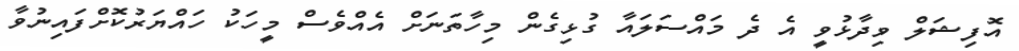
އޮފިޝަލް ވިދާޅުވީ އެ ދެ މައްސަލައާ ގުޅިގެން މިހާތަނަށް އެއްވެސް މީހަކު ހައްޔަރުކޮށްފައިނުވާ